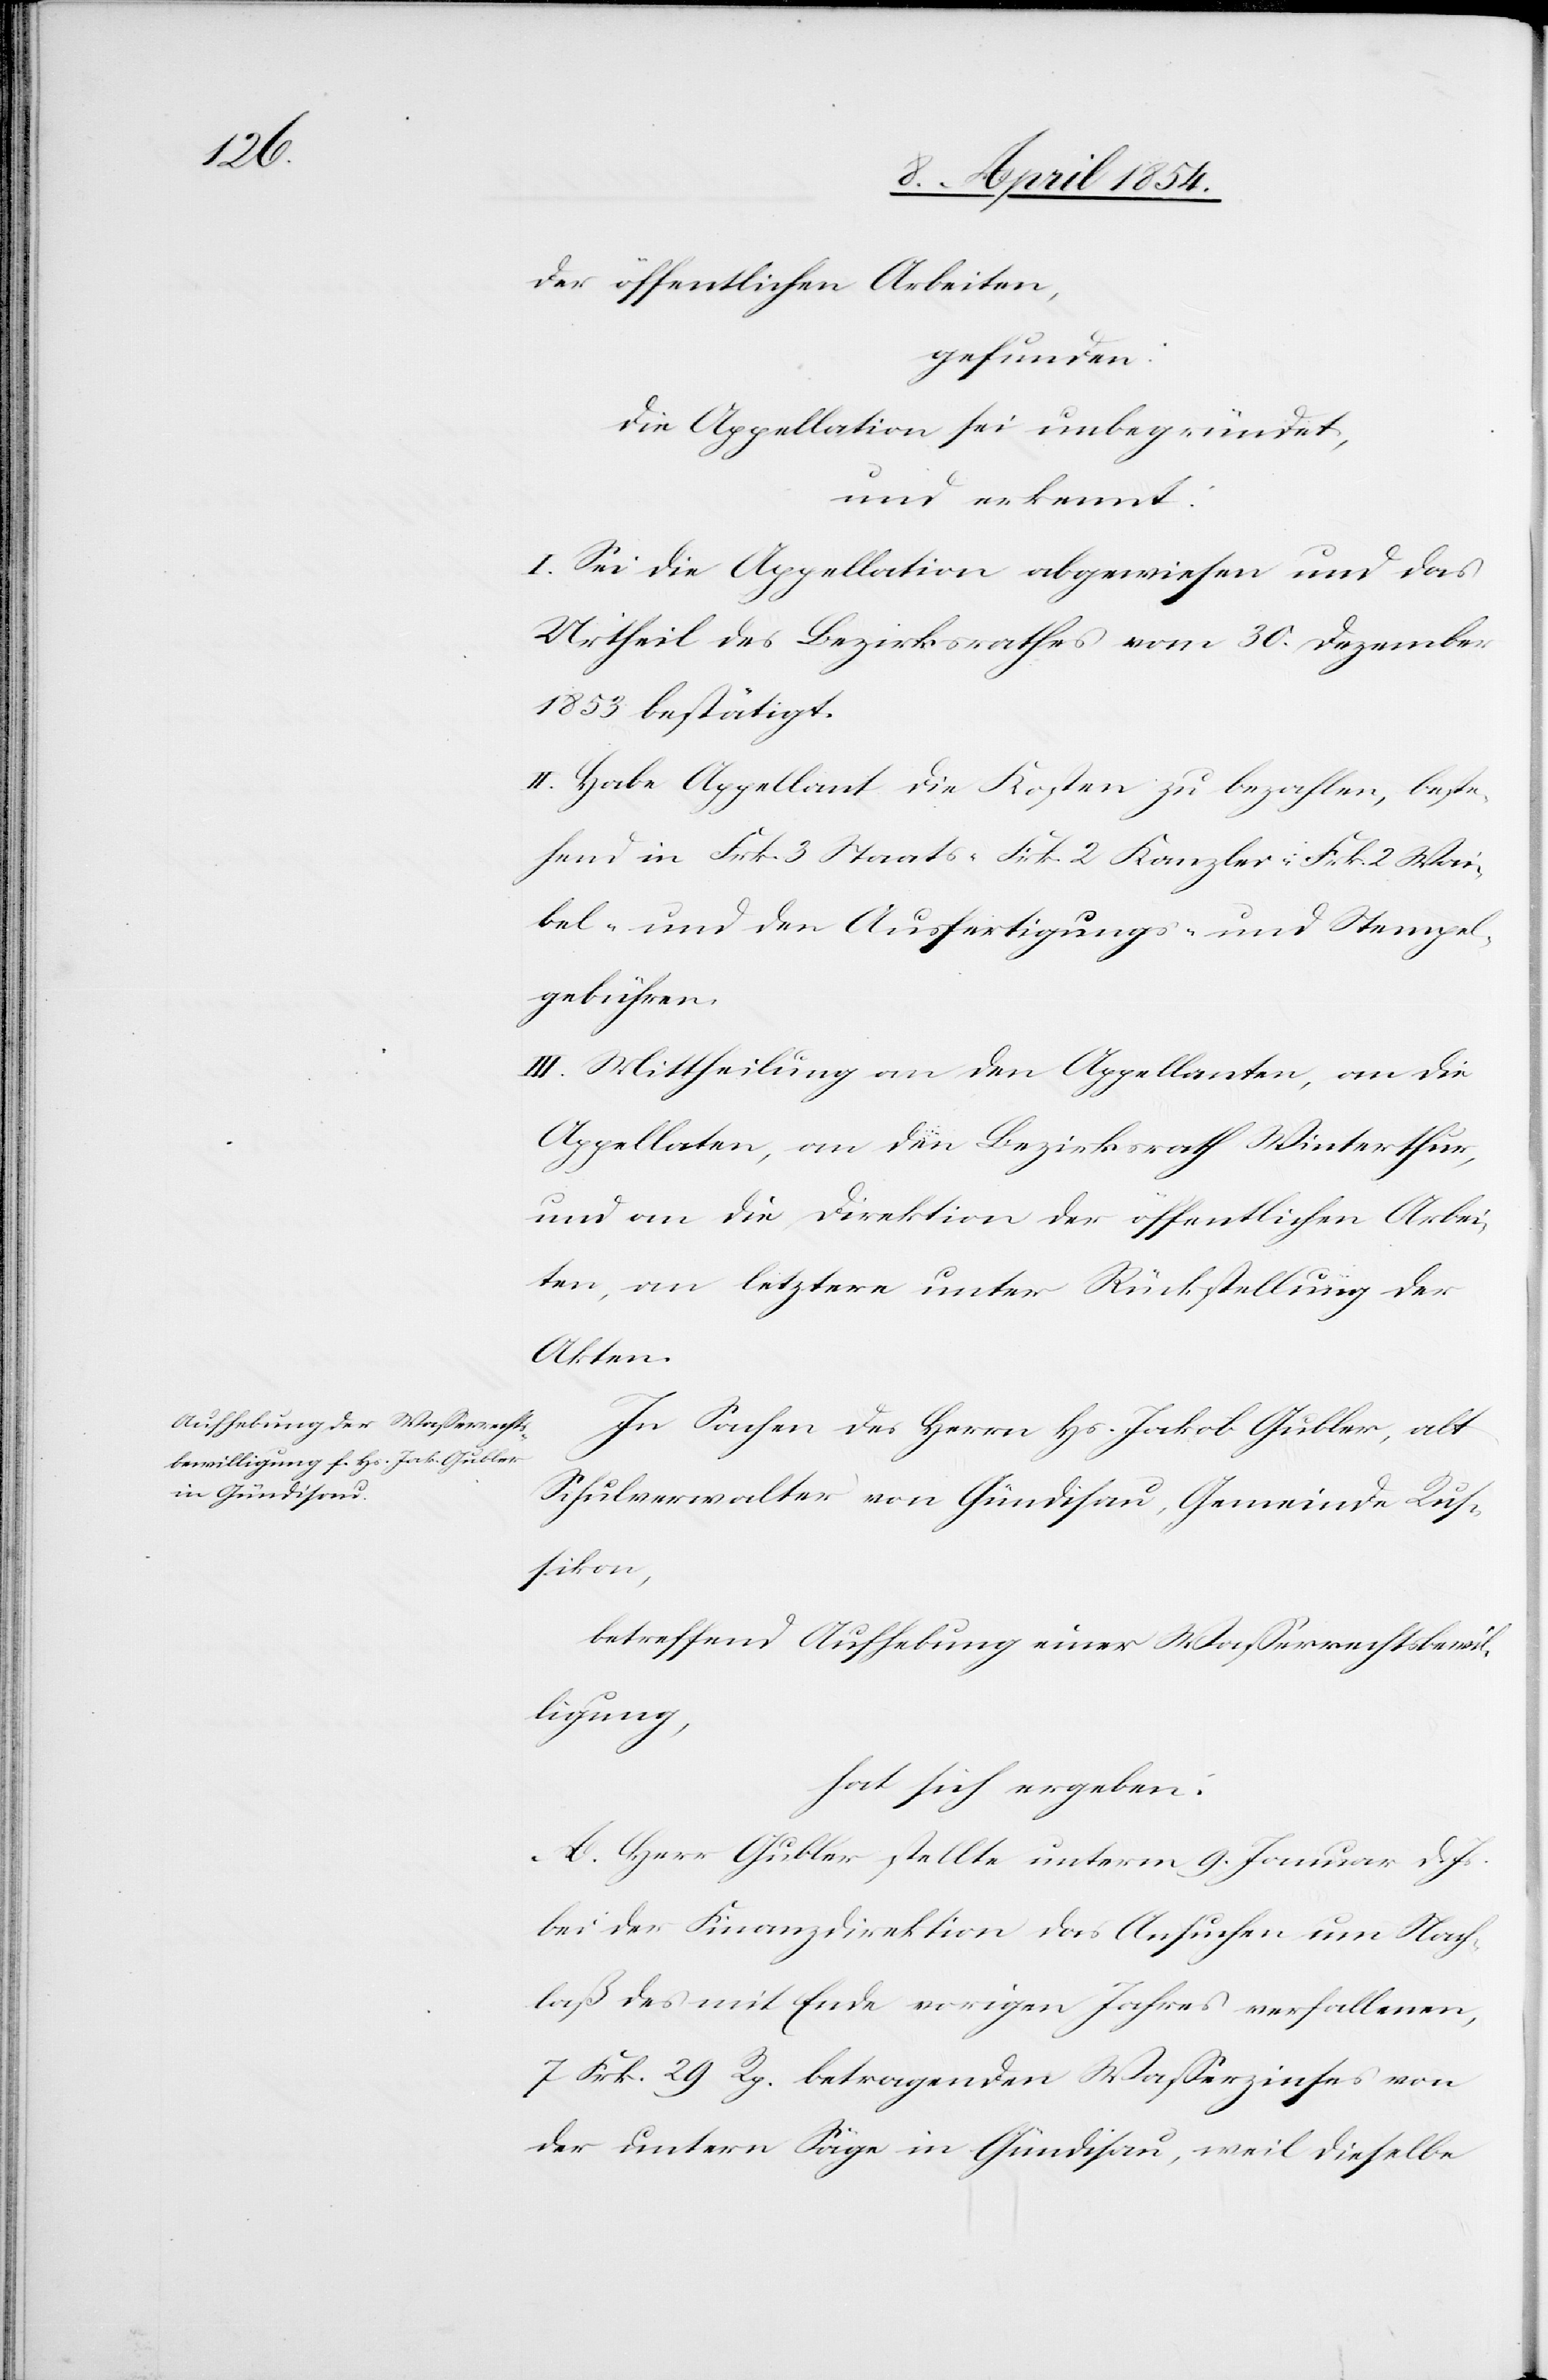
der öffentlichen Arbeiten,
gefunden:
Die Appellation sei unbegründet,
und erkennt:
I. Sei die Appellation abgewiesen und das
Urtheil des Bezirksrathes vom 30. Dezember
1853 bestätigt.
II. Habe Appellant die Kosten zu bezahlen, beste¬
hend in Frk. 3 Staats-[,] Frk. 2 Kanzlei-[,] Frk. 2 Wai¬
bel- und den Ausfertigungs- und Stempel¬
gebühren.
III. Mittheilung an den Appellanten, an die
Appellaten, an den Bezirksrath Winterthur,
und an die Direktion der öffentlichen Arbei¬
ten, an letztere unter Rückstellung der
Akten.
In Sachen des Herrn Hs. Jakob Gubler, alt
Schulverwalter von Gündisau, Gemeinde Rus¬
sikon,
betreffend Aufhebung einer Waßerrechtsbewil¬
ligung,
hat sich ergeben:
A. Herr Gubler stellte unterm 9. Januar d. Js.
bei der Finanzdirektion das Ansuchen um Nach¬
laß des mit Ende vorigen Jahres verfallenen,
7 Frk. 29 Rp. betragenden Waßerzinses von
der untern Säge in Gündisau, weil dieselbe